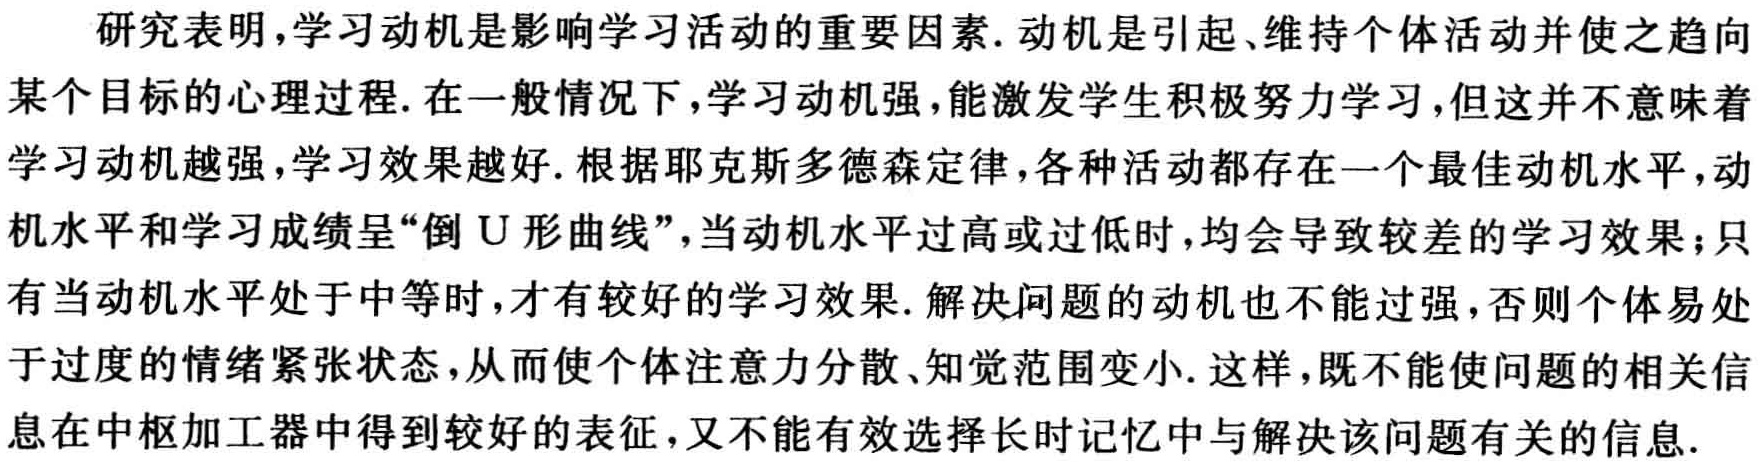
研究表明，学习动机是影响学习活动的重要因素. 动机是引起、维持个体活动并使之趋向某个目标的心理过程. 在一般情况下，学习动机强，能激发学生积极努力学习，但这并不意味着学习动机越强，学习效果越好. 根据耶克斯多德森定律，各种活动都存在一个最佳动机水平，动机水平和学习成绩呈“倒 U 形曲线”，当动机水平过高或过低时，均会导致较差的学习效果；只有当动机水平处于中等时，才有较好的学习效果. 解决问题的动机也不能过强，否则个体易处于过度的情绪紧张状态，从而使个体注意力分散、知觉范围变小. 这样，既不能使问题的相关信息在中枢加工器中得到较好的表征，又不能有效选择长时记忆中与解决该问题有关的信息.